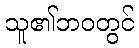
သူ၏ဘဝတွင်